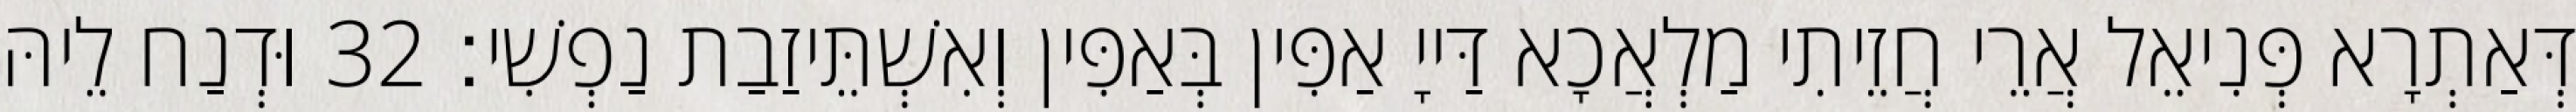
דְּאַתְרָא פְּנִיאֵל אֲרֵי חֲזֵיתִי מַלְאֲכָא דַּייָ אַפִּין בְּאַפִּין וְאִשְׁתֵּיזַבַת נַפְשִׁי׃ 32 וּדְנַח לֵיהּ